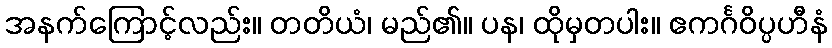
အနက်ကြောင့်လည်း။ တတိယံ၊ မည်၏။ ပန၊ ထိုမှတပါး။ ဧကင်္ဂဝိပ္ပဟီနံ